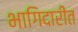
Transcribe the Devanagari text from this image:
भागिदारीत